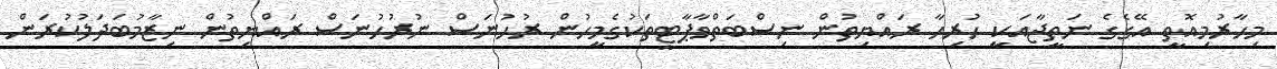
މިހާރުމިއޮތީ އޭގެގެ ނަތީޖާއަކީ ހުރިހާ ރައްޔިތުން ނިސްބަތްވާޕާޓީތަކުގެމީހުން ރުހުނަސް ނުރުހުނަސް ރައްޔިތުން ނިޒާމުބަދަލުކުރަން